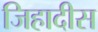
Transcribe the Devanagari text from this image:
जिहादीस